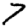
Digit: 7